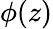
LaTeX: \phi(z)